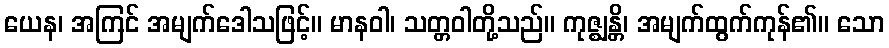
ယေန၊ အကြင် အမျက်ဒေါသဖြင့်။ မာနဝါ၊ သတ္တဝါတို့သည်။ ကုဇ္ဈန္တိ၊ အမျက်ထွက်ကုန်၏။ သော